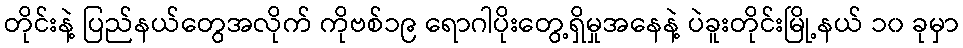
တိုင်းနဲ့ ပြည်နယ်တွေအလိုက် ကိုဗစ်၁၉ ရောဂါပိုးတွေ့ရှိမှုအနေနဲ့ ပဲခူးတိုင်းမြို့နယ် ၁၀ ခုမှာ